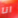
انا